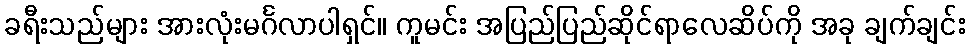
ခရီးသည်များ အားလုံးမင်္ဂလာပါရှင်။ ကူမင်း အပြည်ပြည်ဆိုင်ရာလေဆိပ်ကို အခု ချက်ချင်း